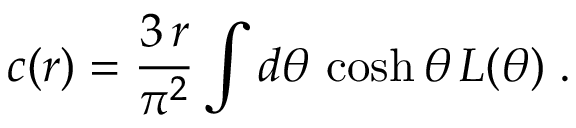
c ( r ) = \frac { 3 \, r } { \pi ^ { 2 } } \int d \theta \, \cosh \theta \, L ( \theta ) \; .